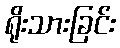
ရိုးသားခြင်း